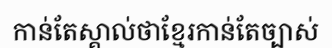
កាន់តែស្គាល់ថាខ្មែរកាន់តែច្បាស់